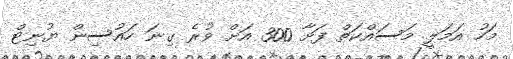
މަހު އަމަލީ މަސައްކަތް ފަށާ 300 އަށް ވުރެ ގިނަ ހައުސިން ޔުނިޓް